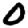
Digit: 0